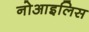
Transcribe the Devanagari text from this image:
नोआइलिस